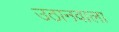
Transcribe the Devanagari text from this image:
उठानवाला